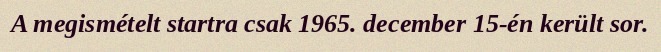
A megismételt startra csak 1965. december 15-én került sor.